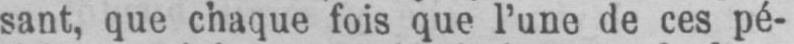
sant, que chaque fois que l’une de ces pé-